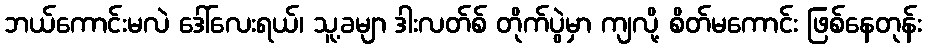
ဘယ်ကောင်းမလဲ ဒေါ်လေးရယ်၊ သူ့ခမျာ ဒါးလတ်စ် တိုက်ပွဲမှာ ကျလို့ စိတ်မကောင်း ဖြစ်နေတုန်း